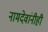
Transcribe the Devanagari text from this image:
नामदेवांनीही